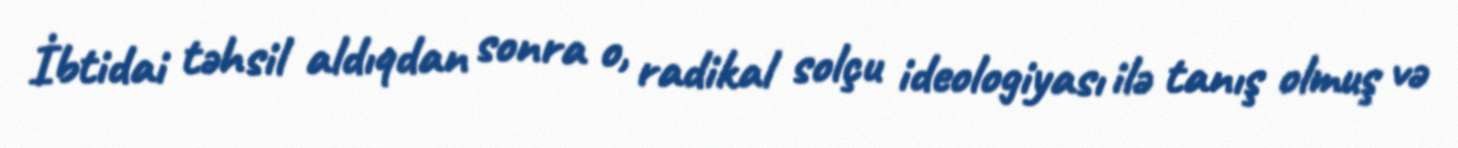
İbtidai təhsil aldıqdan sonra o, radikal solçu ideologiyası ilə tanış olmuş və